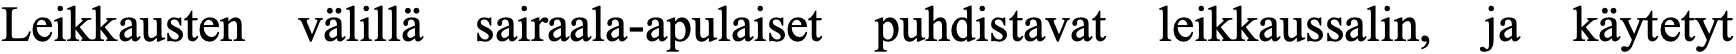
Leikkausten välillä sairaala-apulaiset puhdistavat leikkaussalin, ja käytetyt